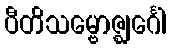
ပီတိသမ္ဗောဇ္ဈင်္ဂေါ